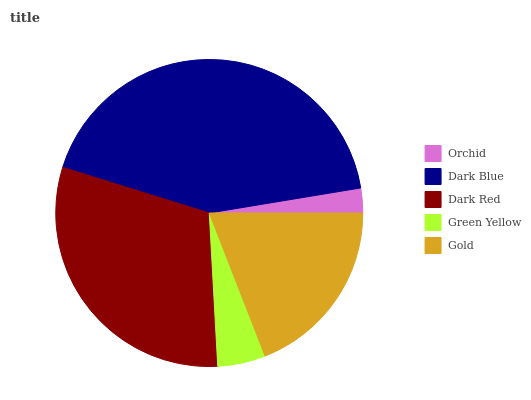
| Orchid | Dark Blue | Dark Red | Green Yellow | Gold |
 | --- | --- | --- | --- | --- |
 | 2.61% | 42.6% | 30.7% | 5.04% | 19.1% |